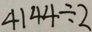
4 1 4 4 \div 2